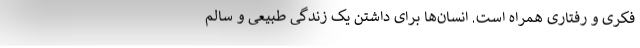
فکری و رفتاری همراه است. انسان‌ها برای داشتن یک زندگی طبیعی و سالم